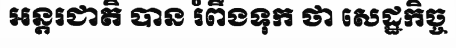
អន្តរជាតិ បាន រំពឹងទុក ថា សេដ្ឋកិច្ច